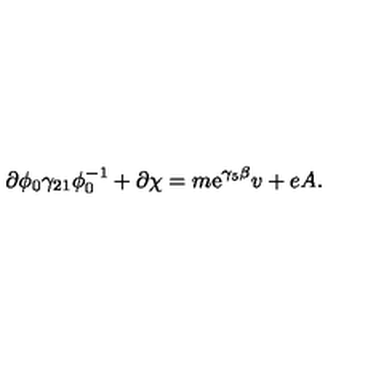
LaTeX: \partial \phi _ { 0 } \gamma _ { 2 1 } \phi _ { 0 } ^ { - 1 } + \partial \chi = m \mathrm { e } ^ { \gamma _ { 5 } \beta } v + e A .